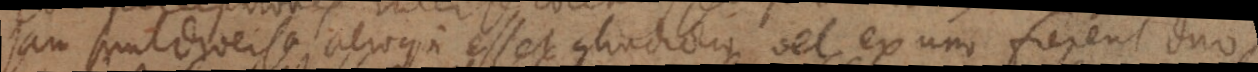
jam sunt diversa alioqui esset contradictio vel ex uno fierent duo.